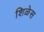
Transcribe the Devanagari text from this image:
शिळेस